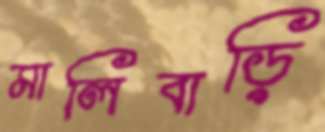
মালিবাড়ি